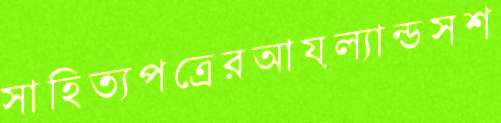
সাহিত্যপত্রেরআয়ল্যান্ডসশ